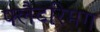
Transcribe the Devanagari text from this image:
फ्लैटरिमग